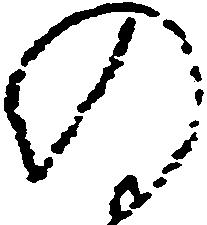
の